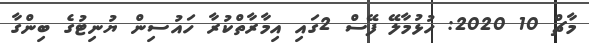
މާޗް 10 2020: ހުޅުމާލޭ ފޭސް 2ގައި އިމާރާތްކުރާ ހައުސިން ޔުނިޓުގެ ބިންގާ